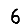
Digit: 6